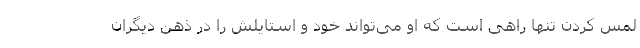
لمس کردن تنها راهی است که او می‌تواند خود و استایلش را در ذهن دیگران